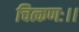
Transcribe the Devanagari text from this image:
चित्कणः।।